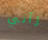
رآني